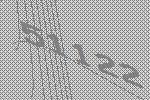
51122